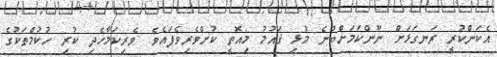
އެކަންކުރީ ރަނގަޅަށް ނޫންކަމަށްބުނެ މުޅި ޤައުމު މިއޮތީ ކުށްވެރިވެފައެވެ. ވެރިކަމާހެދި ކުރި ހުކުމްތަކުގެ